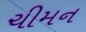
ચીમન